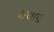
બચવા